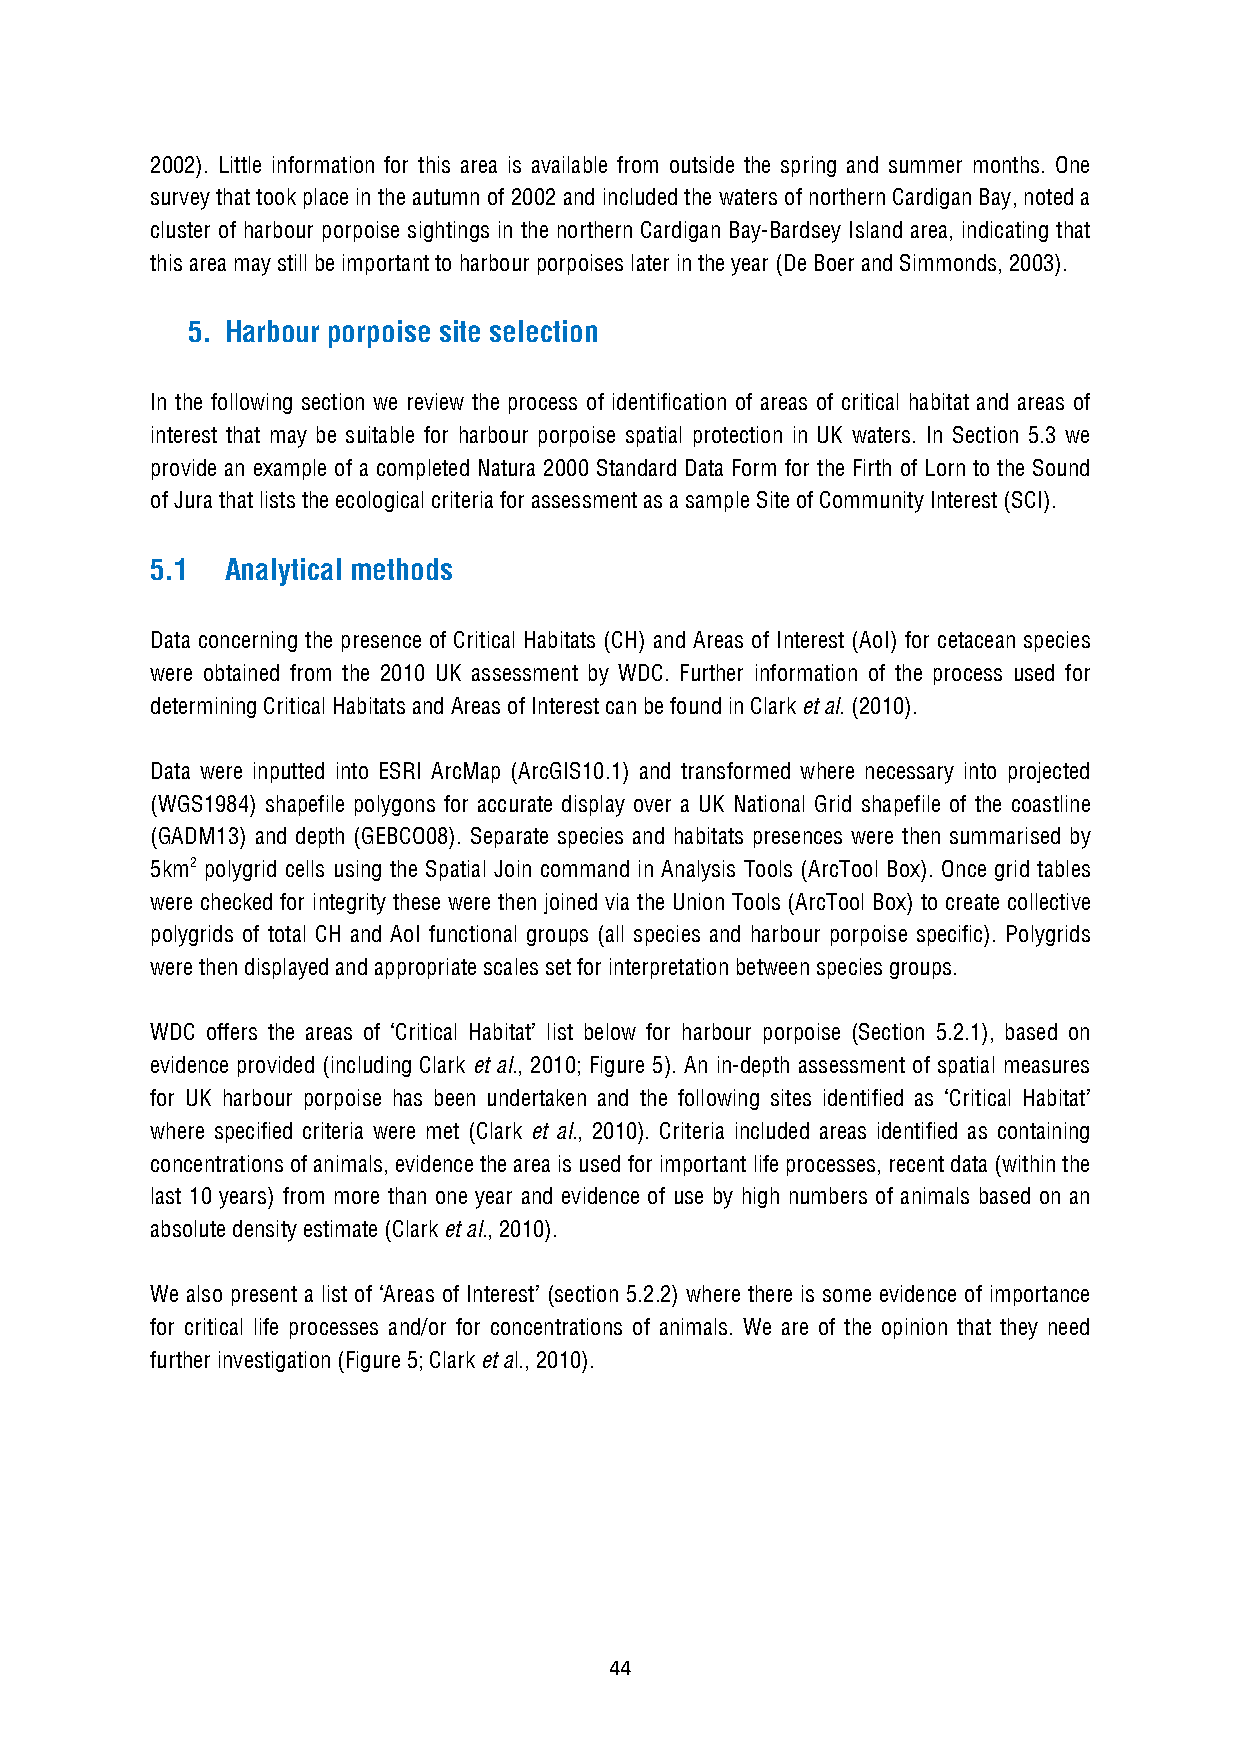
2002). Little information for this area is available from outside the spring and summer months. One
 survey that took place in the autumn of 2002 and included the waters of northern Cardigan Bay, noted a
 cluster of harbour porpoise sightings in the northern Cardigan Bay-Bardsey Island area, indicating that
 this area may still be important to harbour porpoises later in the year (De Boer and Simmonds, 2003).
 5. Harbour porpoise site selection
 In the following section we review the process of identification of areas of critical habitat and areas of
 interest that may be suitable for harbour porpoise spatial protection in UK waters. In Section 5.3 we
 provide an example of a completed Natura 2000 Standard Data Form for the Firth of Lorn to the Sound
 of Jura that lists the ecological criteria for assessment as a sample Site of Community Interest (SCI).
 5.1  Analytical methods
 Data concerning the presence of Critical Habitats (CH) and Areas of Interest (AoI) for cetacean species
 were obtained from the 2010 UK assessment by WDC. Further information of the process used for
 determining Critical Habitats and Areas of Interest can be found in Clark et al. (2010).
 Data were inputted into ESRI ArcMap (ArcGIS10.1) and transformed where necessary into projected
 (WGS1984) shapefile polygons for accurate display over a UK National Grid shapefile of the coastline
 (GADM13) and depth (GEBCO08). Separate species and habitats presences were then summarised by
 5km2 polygrid cells using the Spatial Join command in Analysis Tools (ArcTool Box). Once grid tables
 were checked for integrity these were then joined via the Union Tools (ArcTool Box) to create collective
 polygrids of total CH and AoI functional groups (all species and harbour porpoise specific). Polygrids
 were then displayed and appropriate scales set for interpretation between species groups.
 WDC offers the areas of ‘Critical Habitat’ list below for harbour porpoise (Section 5.2.1), based on
 evidence provided (including Clark et al., 2010; Figure 5). An in-depth assessment of spatial measures
 for UK harbour porpoise has been undertaken and the following sites identified as ‘Critical Habitat’
 where specified criteria were met (Clark et al., 2010). Criteria included areas identified as containing
 concentrations of animals, evidence the area is used for important life processes, recent data (within the
 last 10 years) from more than one year and evidence of use by high numbers of animals based on an
 absolute density estimate (Clark et al., 2010).
 We also present a list of ‘Areas of Interest’ (section 5.2.2) where there is some evidence of importance
 for critical life processes and/or for concentrations of animals. We are of the opinion that they need
 further investigation (Figure 5; Clark et al., 2010).
 44